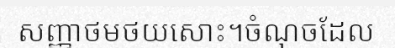
សញ្ញាថមថយសោះ។ចំណុចដែល